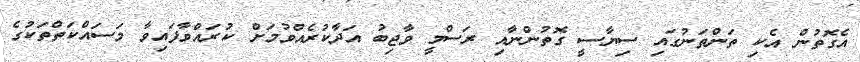
އެގޮތުން އެކި ތަންތަނުގައި ސިޔާސީ ގޮތުންނާއި ރަސްމީ ވާޖިބު އަދާކުރެއްވުމަށް ކުރައްވާފައިވާ މަސައްކަތްތަކުގެ